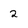
Character: 2